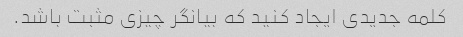
کلمه جدیدی ایجاد کنید که بیانگر چیزی مثبت باشد.